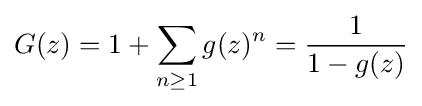
G(z)=1+\sum _{n\geq 1}g(z)^{n}={\frac {1}{1-g(z)}}